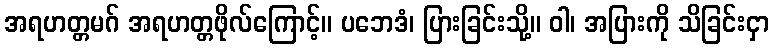
အရဟတ္တမဂ် အရဟတ္တဖိုလ်ကြောင့်။ ပဘေဒံ၊ ပြားခြင်းသို့။ ဝါ၊ အပြားကို သိခြင်းငှာ